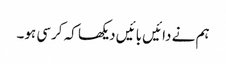
ہم نے دائیں بائیں دیکھا کہ کرسی ہو۔